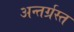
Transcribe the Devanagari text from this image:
अन्‍तर्ग्रस्‍त